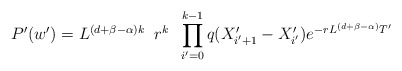
\begin{align*}P'(w')=L^{(d+\beta -\alpha)k}\;\;r^{k}\;\;\prod^{k-1}_{i'=0}q(X'_{i'+1}-X'_{i'})e^{-rL^{(d+\beta -\alpha)}T'}\end{align*}